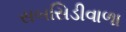
સબસિડીવાળા